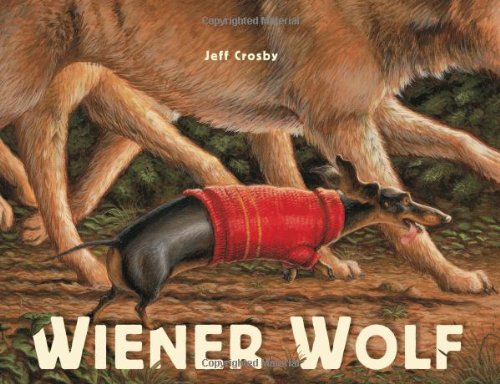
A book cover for Wiener Wolf; Children's Books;